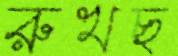
রুখছ